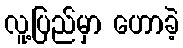
လူ့ပြည်မှာ ဟောခဲ့